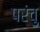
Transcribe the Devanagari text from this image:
परंचु